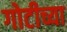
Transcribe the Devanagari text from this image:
गोटीच्या